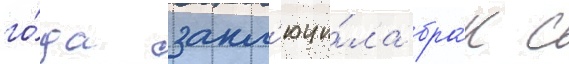
го́да закл'ючи́ла бра́к с